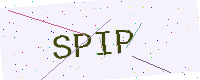
Text: SPIP